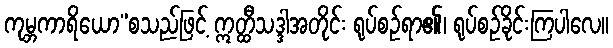
ကုမ္ဘကာရိယော”စသည်ဖြင့် ဣတ္ထီသဒ္ဒါအတိုင်း ရုပ်စဉ်ရာ၏၊ ရုပ်စဉ်ခိုင်းကြပါလေ။